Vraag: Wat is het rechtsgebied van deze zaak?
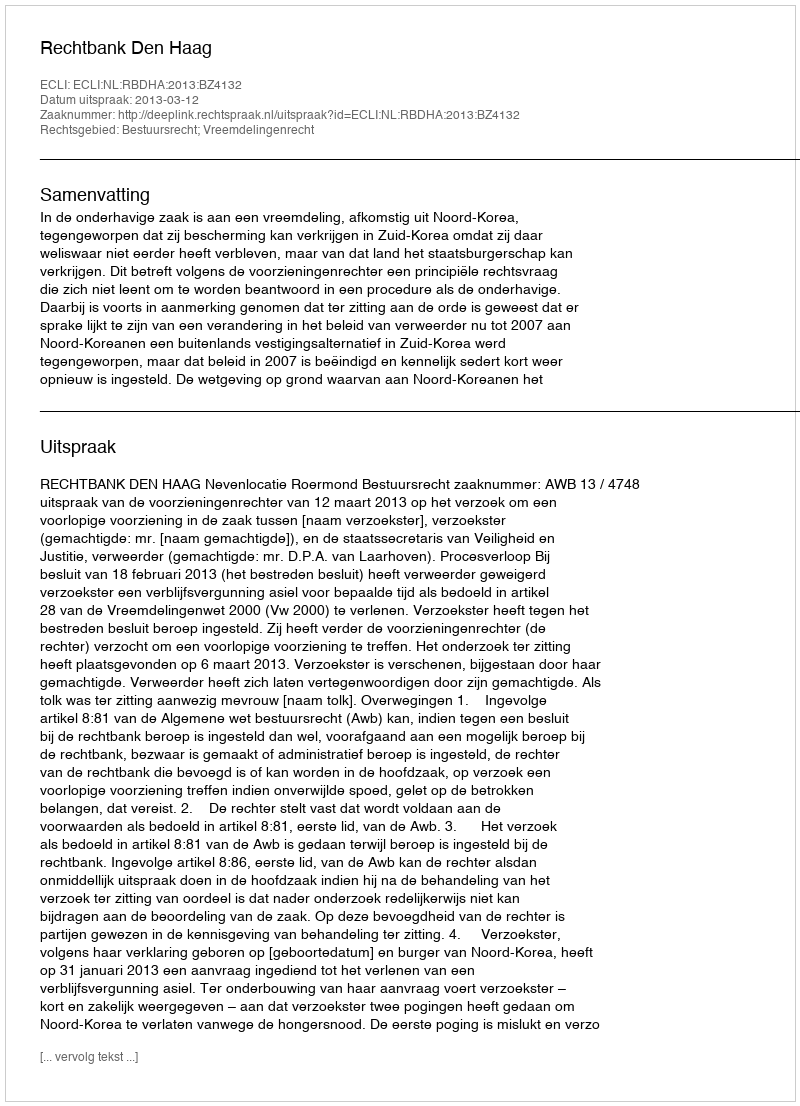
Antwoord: Bestuursrecht; Vreemdelingenrecht